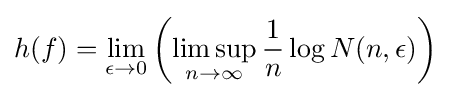
h(f)=\lim _{\epsilon \to 0}\left(\limsup _{n\to \infty }{\frac {1}{n}}\log N(n,\epsilon )\right)